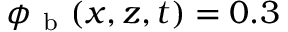
\phi _ { \mathrm { ~ b ~ } } ( x , z , t ) = 0 . 3